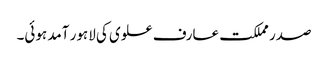
صدر مملکت عارف علوی کی لاہور آمد ہوئی۔